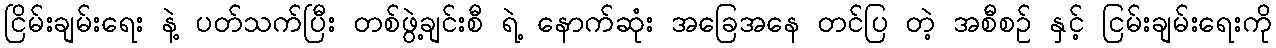
ငြိမ်းချမ်းရေး နဲ့ ပတ်သက်ပြီး တစ်ဖွဲ့ချင်းစီ ရဲ့ နောက်ဆုံး အခြေအနေ တင်ပြ တဲ့ အစီစဉ် နှင့် ငြမ်းချမ်းရေးကို